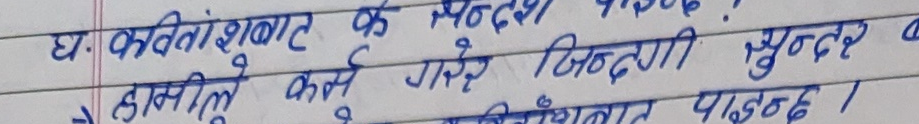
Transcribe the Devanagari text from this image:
घ. कवितांशाबाट के सन्देश पाइन्छ ?
→ हामीले कर्म गरे जिन्दगी सुन्दर पाइन। कवितांशाबाट पाइन्छ ।